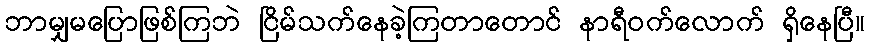
ဘာမျှမပြောဖြစ်ကြဘဲ ငြိမ်သက်နေခဲ့ကြတာတောင် နာရီဝက်လောက် ရှိနေပြီ။